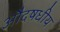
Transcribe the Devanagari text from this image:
औदषधीय